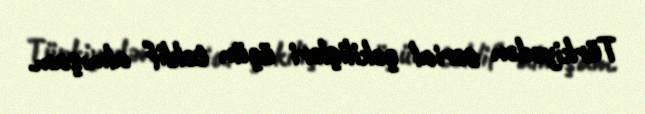
Türkiyədən serial çəkilişləri üçün təklif almışam.